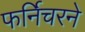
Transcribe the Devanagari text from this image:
फर्निचरने